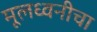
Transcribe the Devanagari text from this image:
मूलध्वनीचा